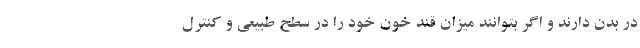
در بدن دارند و اگر بتوانند میزان قند خون خود را در سطح طبیعی و کنترل